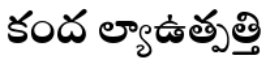
కంద ల్యాఉత్పత్తి